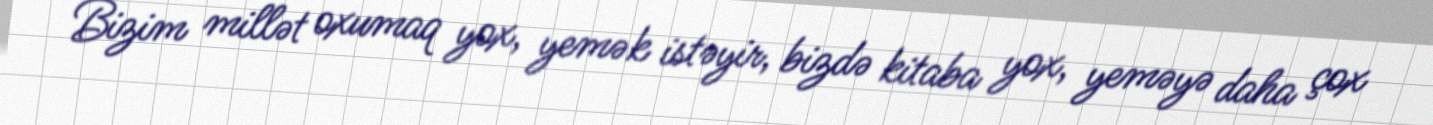
Bizim millət oxumaq yox, yemək istəyir, bizdə kitaba yox, yeməyə daha çox